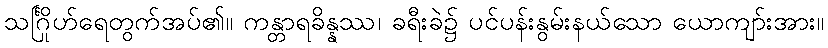
သင်္ဂြိုဟ်ရေတွက်အပ်၏။ ကန္တာရခိန္နဿ၊ ခရီးခဲ၌ ပင်ပန်းနွမ်းနယ်သော ယောကျာ်းအား။